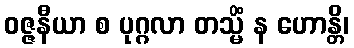
ဝဇ္ဇနီယာ စ ပုဂ္ဂလာ တသ္မိံ န ဟောန္တိ၊